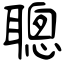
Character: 聰